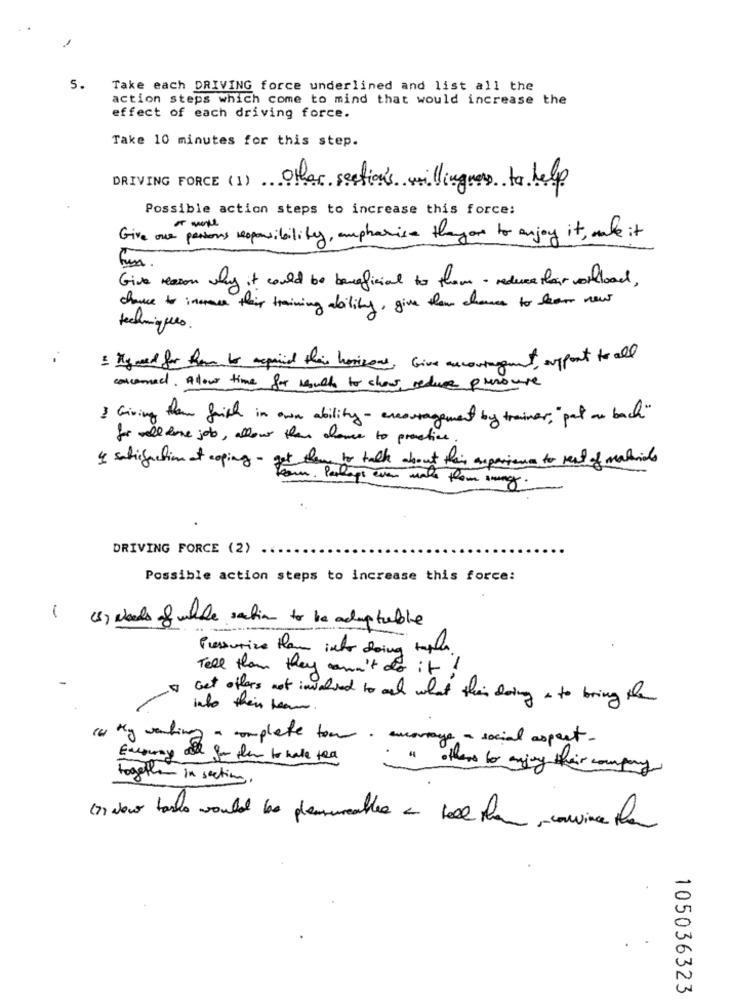
5.
Take each DRIVING force underlined and list all the
action steps which come to mind that would increase the
effect of each driving force.
Take 10 minutes for this step.
DRIVING FORCE (1) Other sections willingness to help
Possible action steps to increase this force:
Give our partons responsibility, empharise theyare to enjoy it, make it
Give reason why it could be beneficial to them - reduce haar workload ,
chance to increase their training ability, give them chance to learn new
techning les.
Hyneed for how to repaid their horizons, Give encouragement, support to all
concerned. Alow time for manch to show reduce presouse
I Giving them faith in own ability - encouragement by trainer, " pat ar bach"
for well done job , allow than chance to practice .
4 satisfaction at coping - get them to talk about this experience to read of materials
Com . Perhaps even male thom swing .
DRIVING FORCE (2)
Possible action steps to increase this force:
-
(5) Needs of white ration to be adaptable
Pressurize than infor doing tapes.
Tell than they can't do it !
Get offers not involved to and what their doing a to bring the
into their team .
My wanting a complete tom, encourage a social aspect.
se for fun to have toa
" offers to ming their company
together in section
In New tasks would be pleasurable & hoel than convince the
105036323